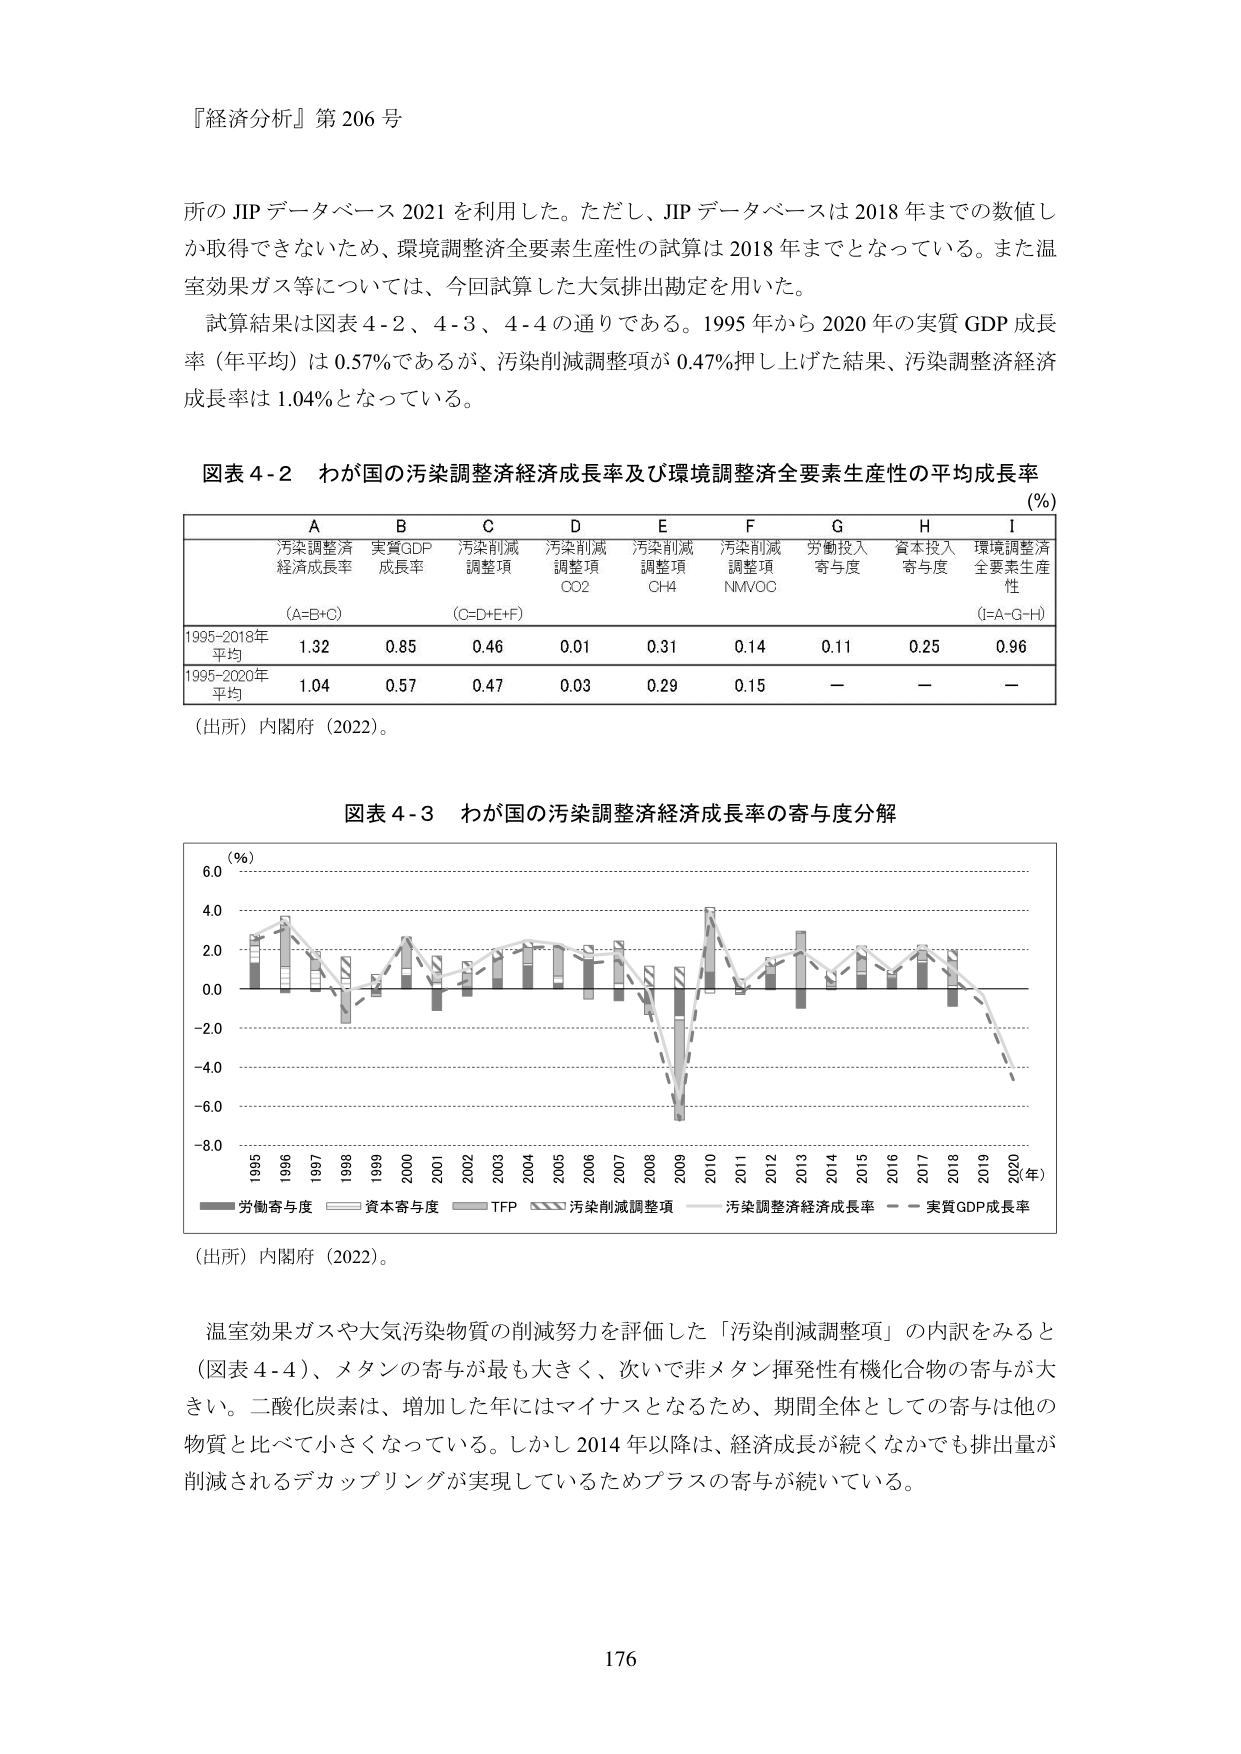
『経済分析』第 206 号

所の JIP データベース 2021 を利用した。ただし、JIP データベースは 2018 年までの数値しか取得できないため、環境調整済全要素生産性の試算は 2018 年までとなっている。また温室効果ガス等については、今回試算した大気排出勘定を用いた。
試算結果は図表 4-2、4-3、4-4 の通りである。1995 年から 2020 年の実質 GDP 成長率（年平均）は 0.57%であるが、汚染削減調整項が 0.47%押し上げた結果、汚染調整済経済成長率は 1.04%となっている。

図表 4-2 わが国の汚染調整済経済成長率及び環境調整済全要素生産性の平均成長率
(%)

A B C D E F G H I
汚染調整済経済成長率 実質GDP成長率 汚染削減調整項 汚染削減調整項CO2 汚染削減調整項CH4 汚染削減調整項NMVOC 労働投入寄与度 資本投入寄与度 環境調整済全要素生産性
(A=B+C) (C=D+E+F) (I=A-G-H)

1995-2018年平均 1.32 0.85 0.46 0.01 0.31 0.14 0.11 0.25 0.96
1995-2020年平均 1.04 0.57 0.47 0.03 0.29 0.15 － － －

（出所）内閣府（2022）。

図表 4-3 わが国の汚染調整済経済成長率の寄与度分解

(%) 6.0 4.0 2.0 0.0 -2.0 -4.0 -6.0 -8.0
1995 1996 1997 1998 1999 2000 2001 2002 2003 2004 2005 2006 2007 2008 2009 2010 2011 2012 2013 2014 2015 2016 2017 2018 2019 2020 (年)
労働寄与度 資本寄与度 TFP 汚染削減調整項 汚染調整済経済成長率 実質GDP成長率

（出所）内閣府（2022）。

温室効果ガスや大気汚染物質の削減努力を評価した「汚染削減調整項」の内訳をみると（図表 4-4）、メタンの寄与が最も大きく、次いで非メタン揮発性有機化合物の寄与が大きい。二酸化炭素は、増加した年にはマイナスとなるため、期間全体としての寄与は他の物質と比べて小さくなっている。しかし 2014 年以降は、経済成長が続くなかでも排出量が削減されるデカップリングが実現しているためプラスの寄与が続いている。

176